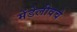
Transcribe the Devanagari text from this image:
मेंडेलीवचे